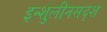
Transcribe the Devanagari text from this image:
इन्शुलीनसदृश